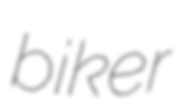
biker